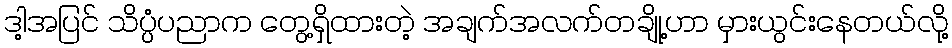
ဒါ့အပြင် သိပ္ပံပညာက တွေ့ရှိထားတဲ့ အချက်အလက်တချို့ဟာ မှားယွင်းနေတယ်လို့